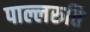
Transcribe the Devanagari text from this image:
पाल्लरुति